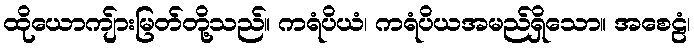
ထိုယောကျ်ားမြတ်တို့သည်။ ကရံပိယံ၊ ကရံပိယအမည်ရှိသော။ အစေဠံ၊